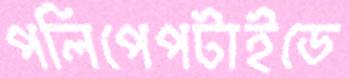
পলিপেপটাইডে